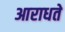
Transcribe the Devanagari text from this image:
आराधते